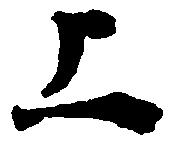
上